Jaan_Tonisson_(Lasteleht), lk 250
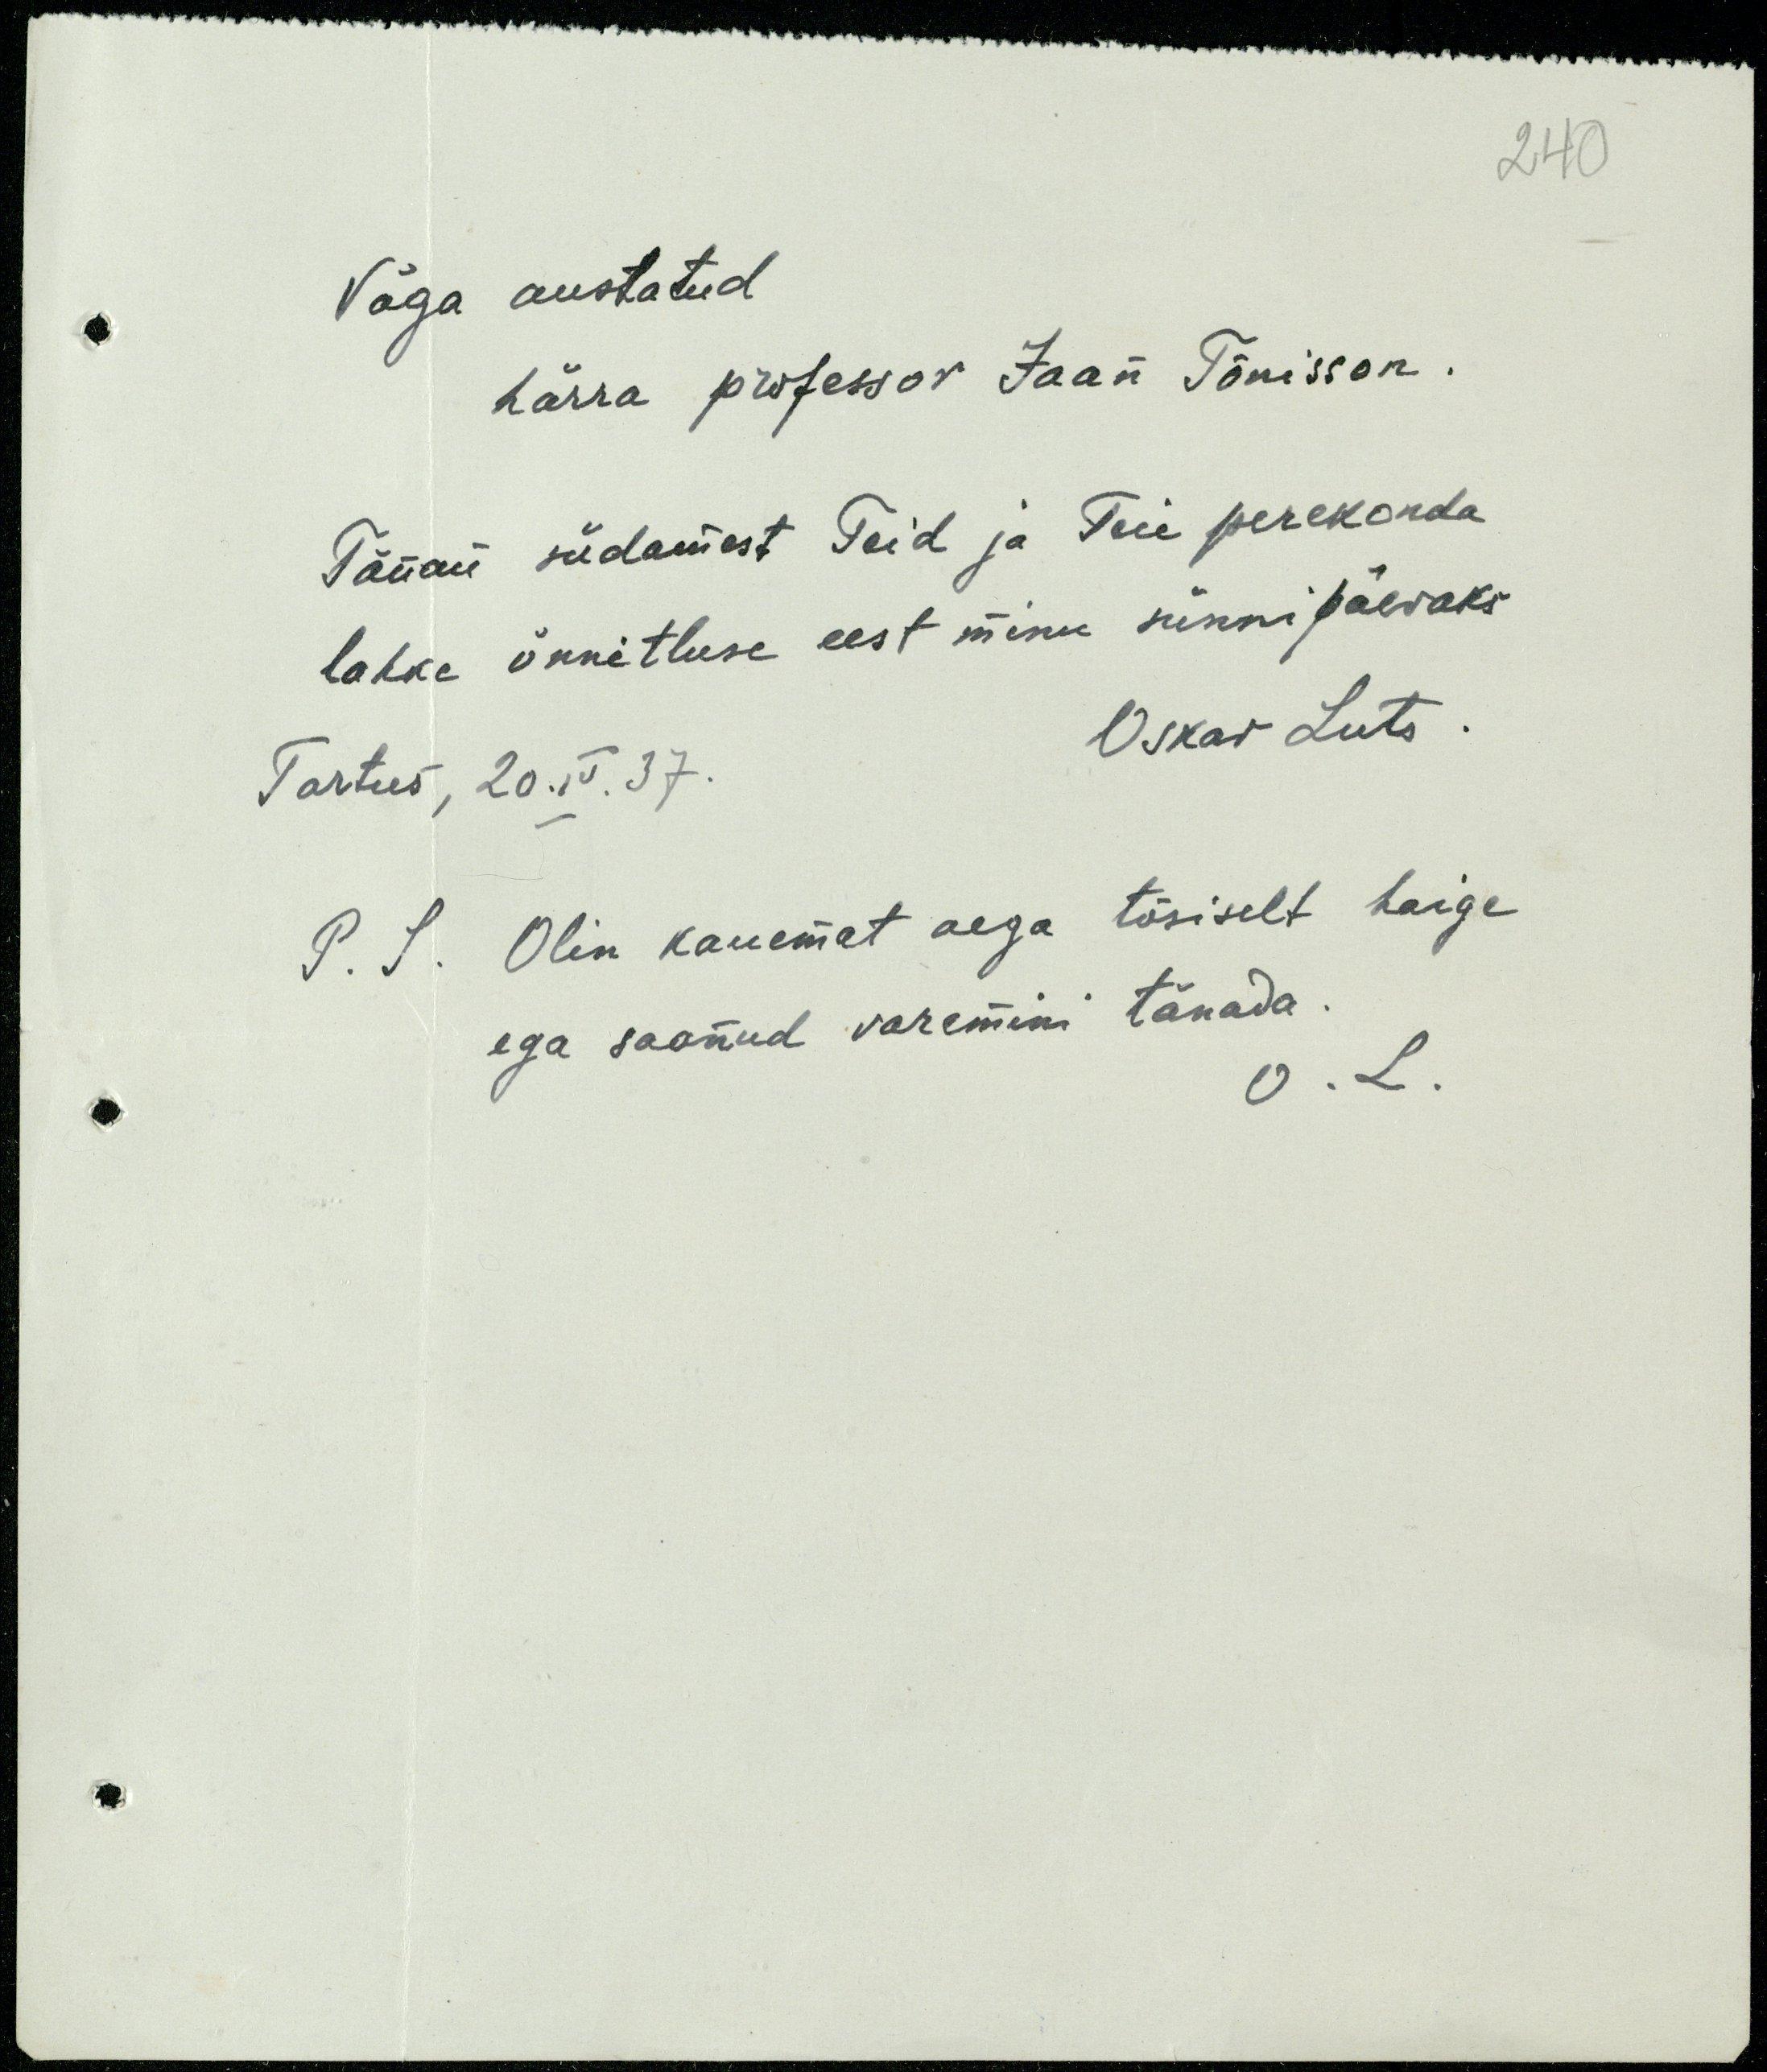
240

Väga austatud.
harra professor Jaan Tõnisson.
Tänan südamest Teid ja Teie perekonda
lahke õnnitluse eest minu sünnipäevaks
Oskar Luts
Tartus, 20.IV.37.
P. S. Olin kauemat aega tõsiselt haige
ega saanud varemini tänada.
O. L.